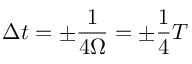
\Delta t = \pm \frac { 1 } { 4 \Omega } = \pm \frac { 1 } { 4 } T